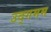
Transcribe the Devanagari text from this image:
उद्गमम